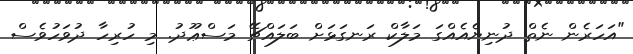
"އަހަރެން ނެތް ދުނިޔެއެއްގަ މަލާކް ރަނގަޅަށް ބަލައްޗޭ މަސްޢޫދު. މި ހުރިހާ ދުވަހުވެސް